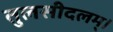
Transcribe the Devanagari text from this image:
तुलसीदलम्।